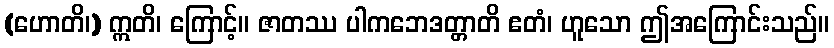
(ဟောတိ၊) ဣတိ၊ ကြောင့်။ ဇာတဿ ပါကဘေဒတ္တာတိ ဧတံ၊ ဟူသော ဤအကြောင်းသည်။